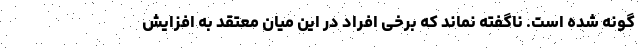
گونه شده است. ناگفته نماند که برخی افراد در این میان معتقد به افزایش